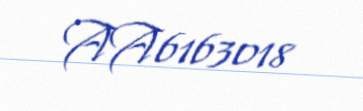
AA6163018